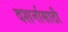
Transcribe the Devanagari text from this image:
दशर्नासाठी